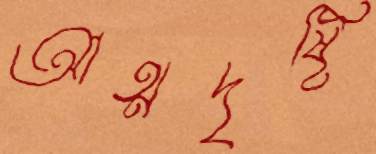
আত্মদৃষ্টি